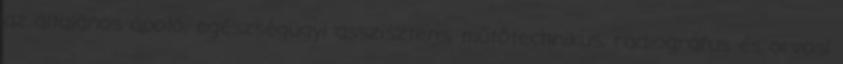
az általános ápoló, egészségügyi asszisztens, műtőtechnikus, radiográfus és orvosi